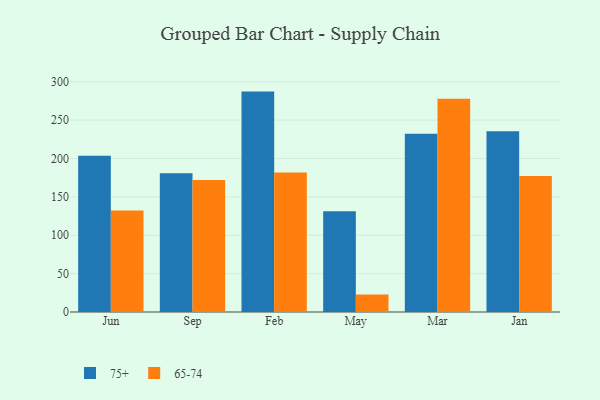
{"axis": {"x": "Month", "y": "Tickets Resolved"}, "legend": ["65-74", "75+"], "data": [{"x": "Jun", "y": 203.4, "type": "75+"}, {"x": "Jun", "y": 132.2, "type": "65-74"}, {"x": "Sep", "y": 180.9, "type": "75+"}, {"x": "Sep", "y": 171.8, "type": "65-74"}, {"x": "Feb", "y": 287.1, "type": "75+"}, {"x": "Feb", "y": 181.7, "type": "65-74"}, {"x": "May", "y": 131.3, "type": "75+"}, {"x": "May", "y": 22.8, "type": "65-74"}, {"x": "Mar", "y": 232.2, "type": "75+"}, {"x": "Mar", "y": 277.7, "type": "65-74"}, {"x": "Jan", "y": 235.6, "type": "75+"}, {"x": "Jan", "y": 177.0, "type": "65-74"}]}